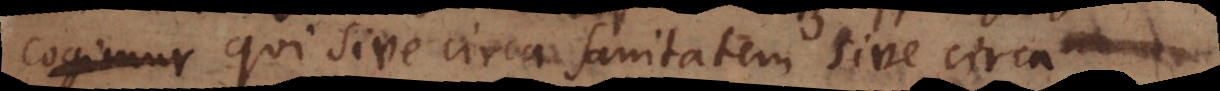
cogimur qui sive circa sanitatem sive circa